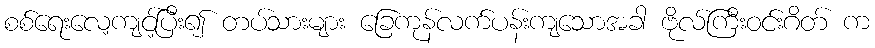
စစ်ရေးလေ့ကျင့်ပြီး၍ တပ်သားများ ခြေကုန်လက်ပန်းကျသောအခါ ဗိုလ်ကြီးဝင်းဂိတ် က